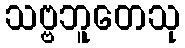
သဗ္ဗဘူတေသု